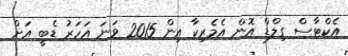
އެކްޓާސް ގިލްޑް އޮން އެމެރިކާ އިން 2015 ވަނަ އަހަރު ޑެބީ އަށް